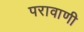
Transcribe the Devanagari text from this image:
परावाणी